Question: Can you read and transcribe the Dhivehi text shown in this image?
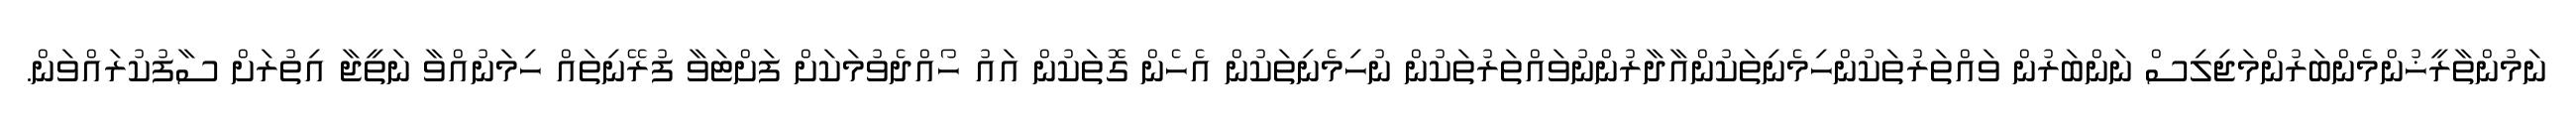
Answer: ނަމުންތާރީޚުންމެންބަރުންމަޖިލިސް ނަންބަރުން ވައްތަރުތަކުންހިމެނިތަކުންއާދާރުންނުވައްތަރުތަކުން ނުހިމެނިތަކުން އެހެން ގޮތަކުން އައު ހޯއްދެވުމަކަށް ފަށްޓަވާ ފުރޭނިތައް ހިމަނުއްވާ ނަތީޖާ އިތުރަށް ސާފުކުރައްވަން.